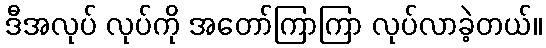
ဒီအလုပ် လုပ်ကို အတော်ကြာကြာ လုပ်လာခဲ့တယ်။